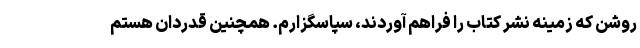
روشن که زمینه نشر کتاب را فراهم آوردند، سپاسگزارم. همچنین قدردان هستم